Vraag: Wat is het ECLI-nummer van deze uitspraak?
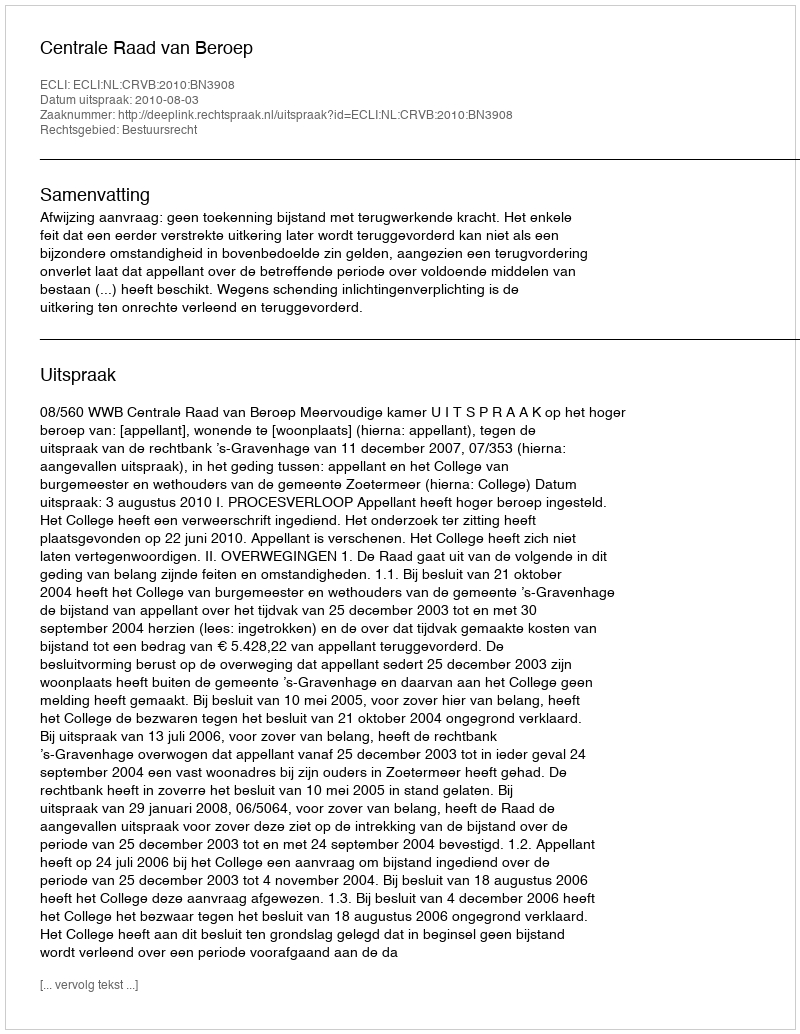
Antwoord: ECLI:NL:CRVB:2010:BN3908